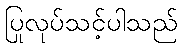
ပြုလုပ်သင့်ပါသည်